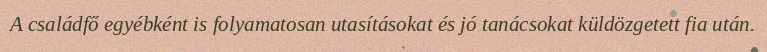
A családfő egyébként is folyamatosan utasításokat és jó tanácsokat küldözgetett fia után.